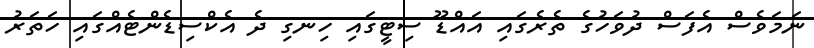
ނަމަވެސް އެފަސް ދުވަހުގެ ތެރެގައި އައްޑޫ ސިޓީގައި ހިނގި ދެ އެކްސިޑެންޓެއްގައި ހަތަރު